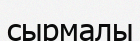
сырмалы